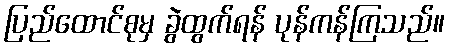
ပြည်ထောင်စုမှ ခွဲထွက်ရန် ပုန်ကန်ကြသည်။